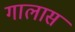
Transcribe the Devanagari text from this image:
गालास